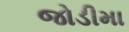
જોડીમા